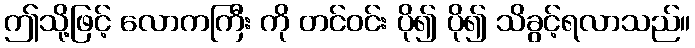
ဤသို့ဖြင့် လောကကြီး ကို တင်ဝင်း ပို၍ ပို၍ သိခွင့်ရလာသည်။